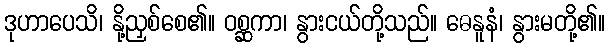
ဒုဟာပေသိ၊ နို့ညှစ်စေ၏။ ဝစ္ဆကာ၊ နွားငယ်တို့သည်။ ဓေနူနံ၊ နွားမတို့၏။